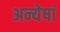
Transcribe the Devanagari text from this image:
अन्येषां